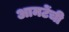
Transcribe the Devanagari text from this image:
आमटेंची